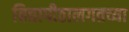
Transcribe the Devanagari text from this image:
विद्यापीठालगतच्या